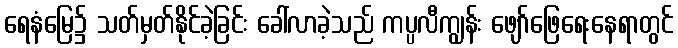
ရေနံမြေ၌ သတ်မှတ်နိုင်ခဲ့ခြင်း ခေါ်လာခဲ့သည် ကပ္ပလီကျွန်း ဖျော်ဖြေရေးနေရာတွင်